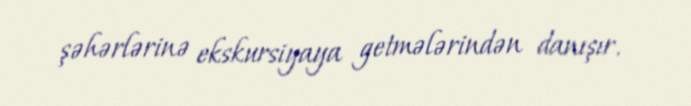
şəhərlərinə ekskursiyaya getmələrindən danışır.